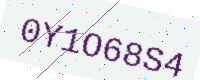
Text: 0Y1O68S4